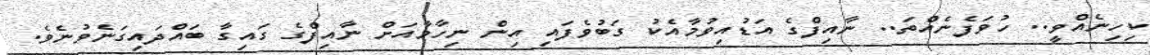
ކިހިނެއްވީ.. ހުވަފެނެއްތަ.. ނާއިފްގެ އަޑުއިވުމާއެކު ގަބުވެފައި އިން ނިހާމާއަށް ނާއިފްގެ ގައިގާ ބައްދައިގަނެވުނެވެ.